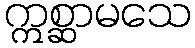
ဣစ္ဆာမသေ